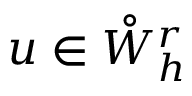
u \in \mathring { W } _ { h } ^ { r }